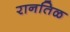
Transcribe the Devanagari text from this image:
रानतिळ